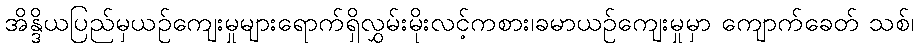
အိန္ဒိယပြည်မှယဉ်ကျေးမှုများရောက်ရှိလွှမ်းမိုးလင့်ကစား၊ခမာယဉ်ကျေးမှုမှာ ကျောက်ခေတ် သစ်၊